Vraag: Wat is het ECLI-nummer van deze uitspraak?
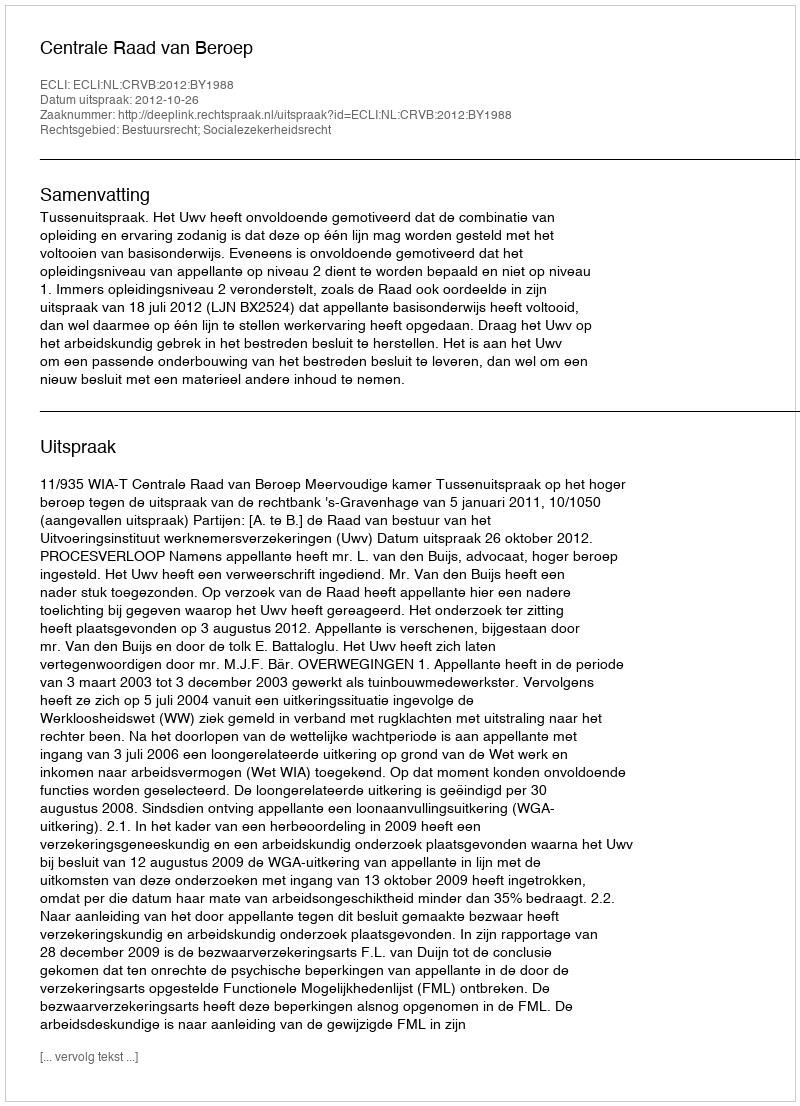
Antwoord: ECLI:NL:CRVB:2012:BY1988